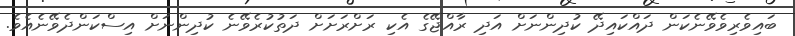
ބައިވެރިވެވޭނެކަން ދައްކައިދޭ ކުދިންނަށް އަދި ރާއްޖޭގެ އެކި ރަށްރަށަށް ދަތުކުރެވޭނެ ކުދިންނަށް އިސްކަންދެވޭނެއެވެ.